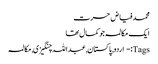
محمد فیاض حسرت
ایک مکالمہ جو کمال تھا
Tags:- اردو, پاکستان, عبداللہ چنگیزی, مکالمہ